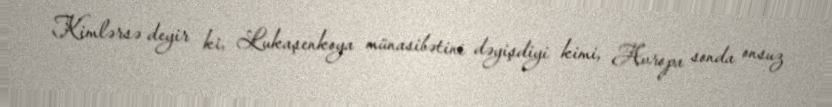
Kimlərsə deyir ki, Lukaşenkoya münasibətini dəyişdiyi kimi, Avropa sonda onsuz